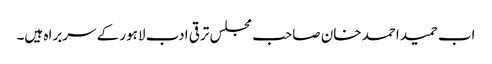
اب حمید احمد خان صاحب مجلس ترقی ادب لاہور کے سربراہ ہیں۔